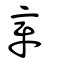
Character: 章